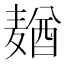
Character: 𱋢